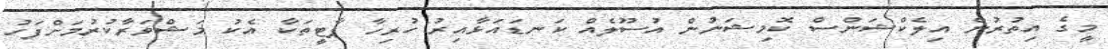
މީގެ އިތުރުން އިލެކްޝަންސް ކޮމިޝަނުން އުސޫލެއް ކަނޑައަޅާއިރު ހުރިހާ ޕާޓީތަކާ އެކު މަޝްވަރާކުރުމަަށްފަހު